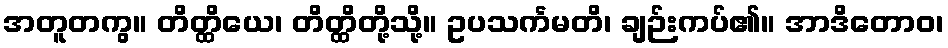
အတူတကွ။ တိတ္ထိယေ၊ တိတ္ထိတို့သို့။ ဥပသင်္ကမတိ၊ ချဉ်းကပ်၏။ အာဒိတောဝ၊